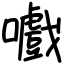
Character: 嚱